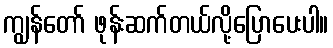
ကျွန်တော် ဖုန်းဆက်တယ်လို့ပြောပေးပါ။